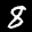
Label: 8